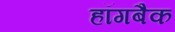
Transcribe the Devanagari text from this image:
हॉगबैक